ELKNU_Lihula_Rajoonikomitee, lk 2
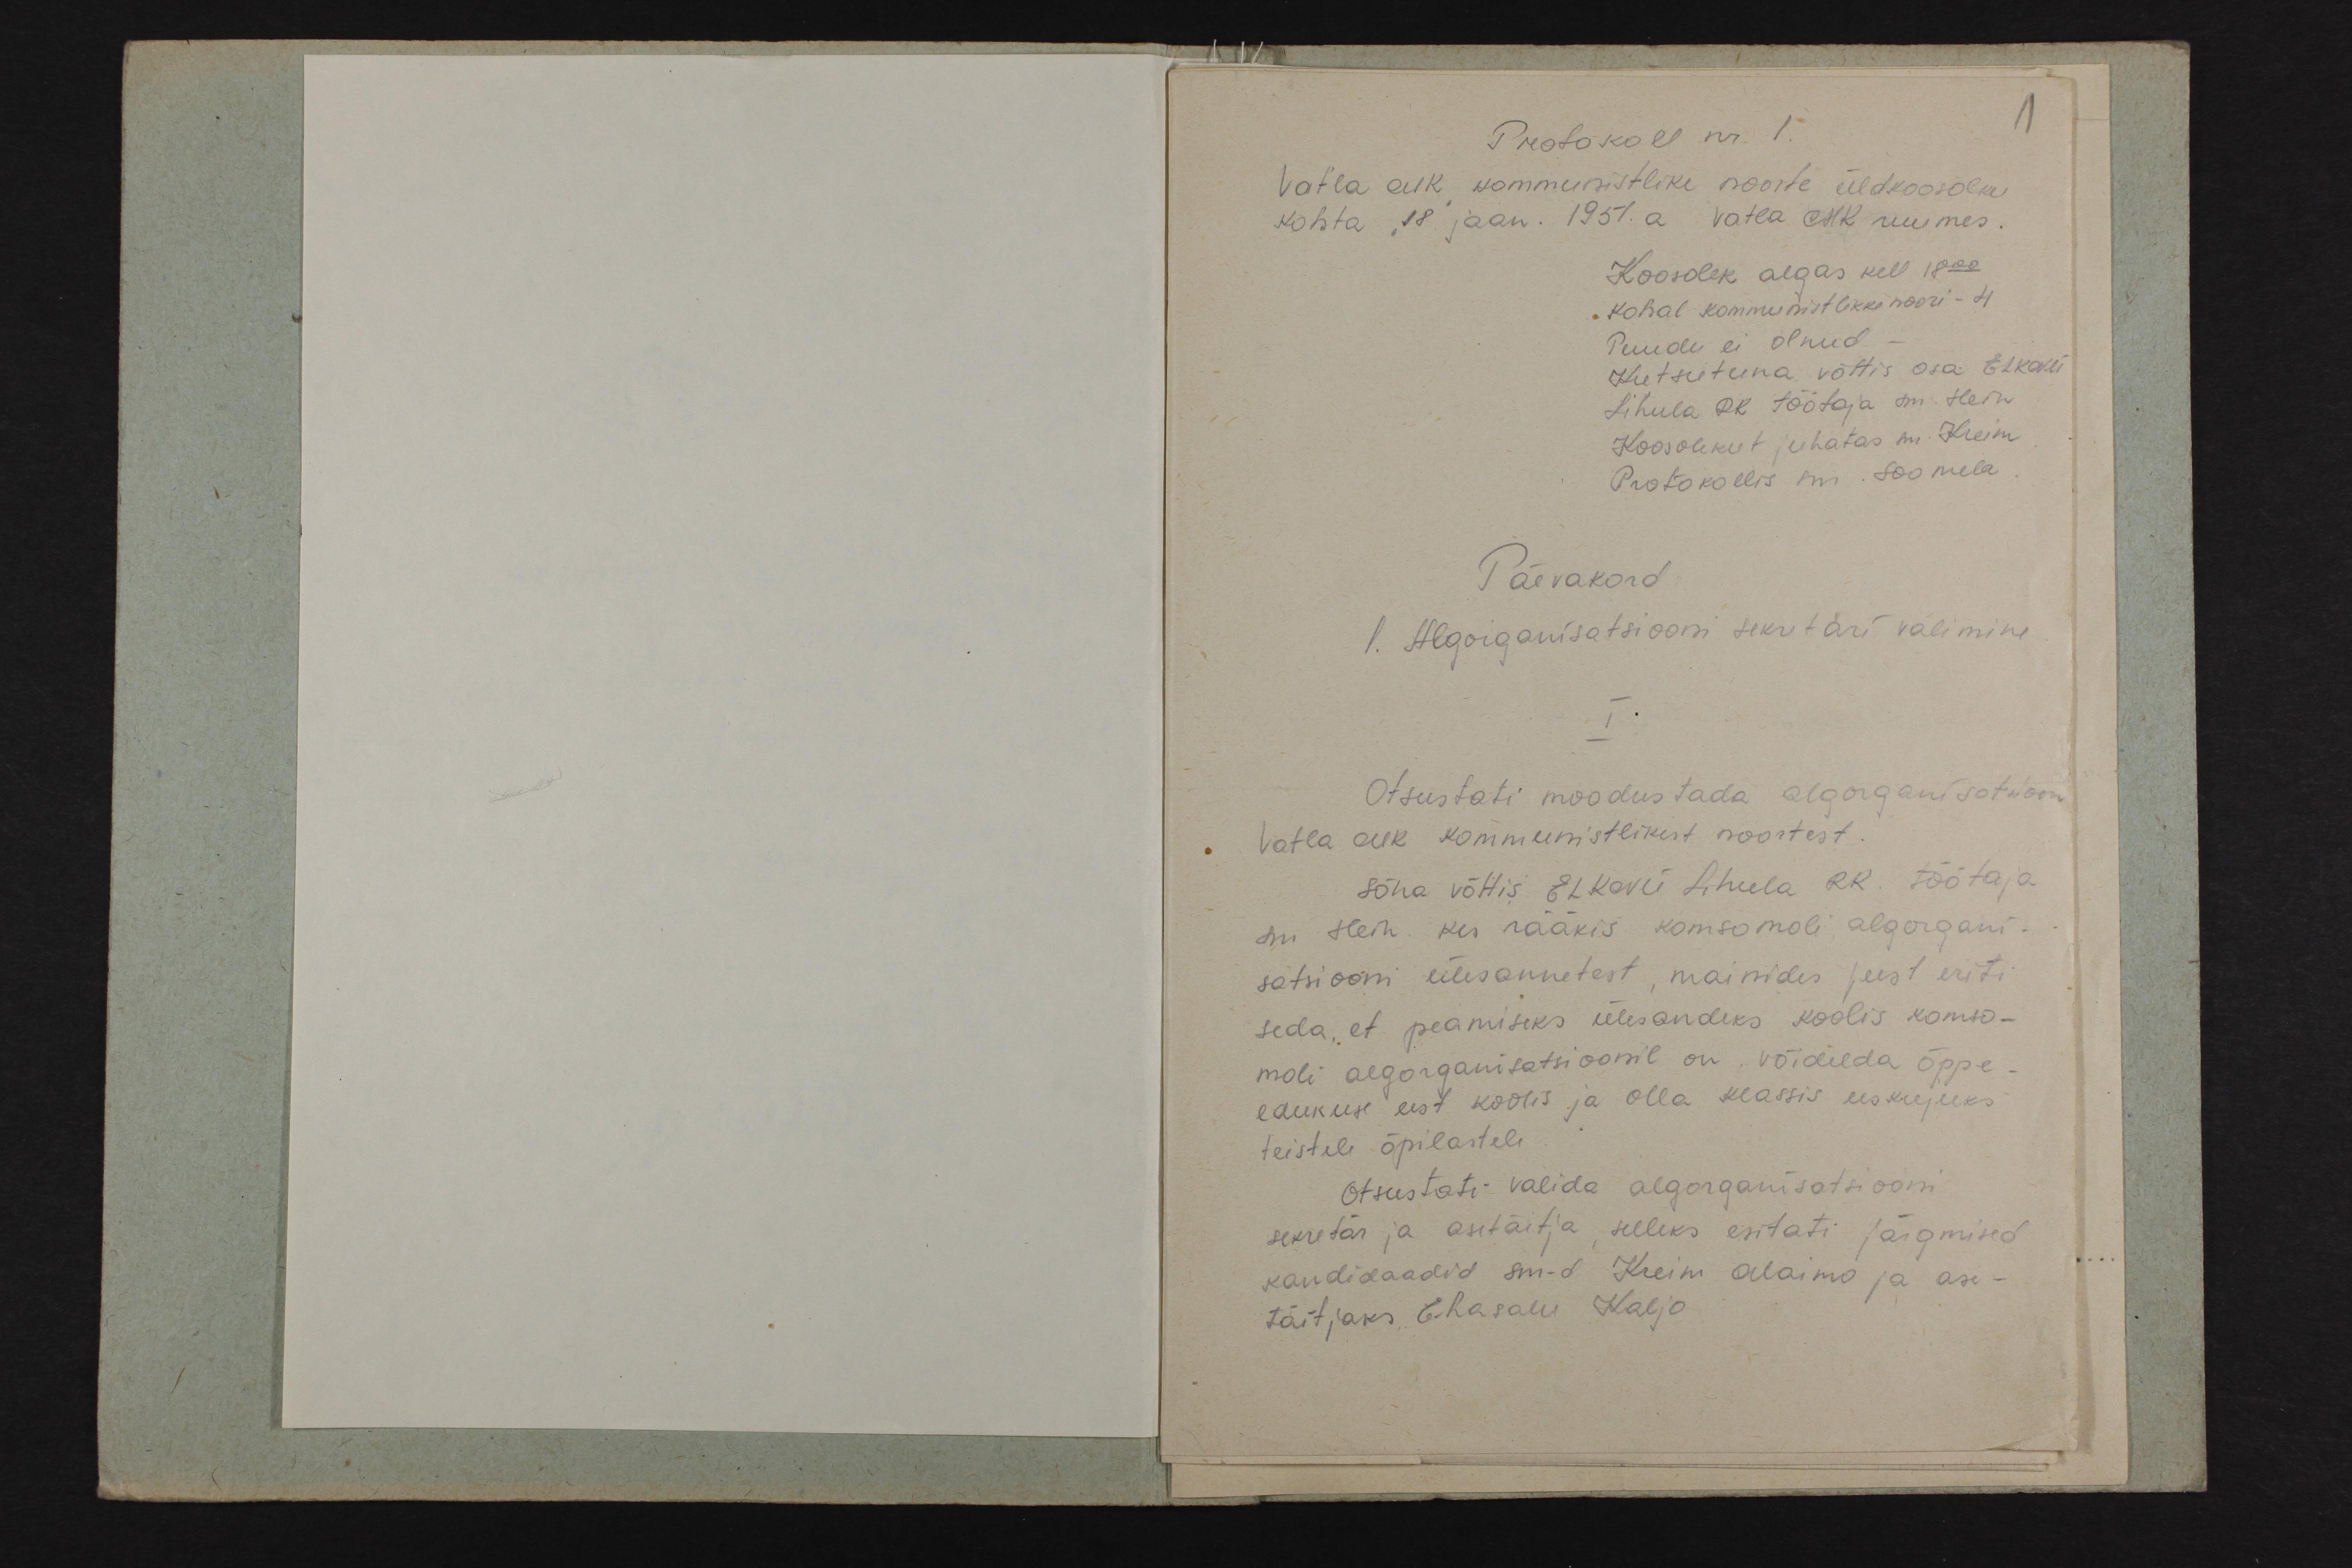
1
Protokoll nr. 1.
Vatla AIK kommunistlike noorte üldkoosoleku
kohta, 18 jaan. 1957. a. Vatla AIK ruumes.
Koosolek algas kell 18.00
kohal kommunistlikke noori - 4
Puudu ei olnud
Kutsutuna võttis osa ELKNÜ
Lihula DK töötaja sm. Hein.
Koosolekut juhatas sm. Kreim
Protokollis sm. Soomela
Päevakord
1. Algorganisatsiooni sekretäri valimine
I.
Otsustati moodustada algorganisatsoni
Vatla AIK kommunistlikest noortest.
sõna võttis ELKNÜ Lihula RR. töötaja
sm Hein kes rääkis komsomoli algorgani.
satsiooni ülesannetest mainides just eriti
seda, et peamiseks ülesandeks koolis komso-
moli algorganisatsioonil on, võidelda õppe-
edukuse eest koolis ja olla klassis eeskujuks.
teistele õpilastele
Otsustati valida algorganisatsiooni
sekretär ja asetäitja, selleks esitati järgmised
kandidaadid sm-d Kreim Alaimo ja ase-
täitjaks, Ehasalu, Kaljo.